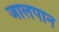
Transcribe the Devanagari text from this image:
जालपान